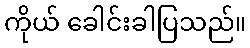
ကိုယ် ခေါင်းခါပြသည်။